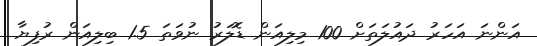
އަންނަ އަހަރު ދައުލަތަށް 100 މިލިއަން ޑޮލަރު ނުވަތަ 1.5 ބިލިއަން ރުފިޔާ